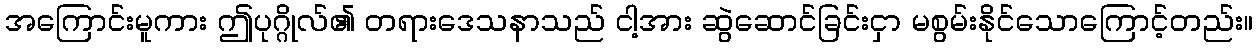
အကြောင်းမူကား ဤပုဂ္ဂိုလ်၏ တရားဒေသနာသည် ငါ့အား ဆွဲဆောင်ခြင်းငှာ မစွမ်းနိုင်သောကြောင့်တည်း။